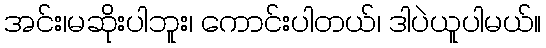
အင်း၊မဆိုးပါဘူး၊ ကောင်းပါတယ်၊ ဒါပဲယူပါမယ်။